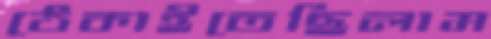
ঠেকাইতেছিলাম